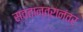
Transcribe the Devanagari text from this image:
स्वतान्त्रानंतर